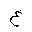
Letter: _gayn